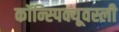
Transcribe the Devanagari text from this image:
कॉन्स्पिक्यूवस्ली